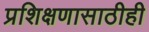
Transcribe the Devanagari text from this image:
प्रशिक्षणासाठीही